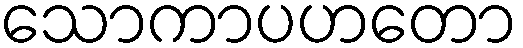
သောကာပဟတော